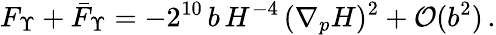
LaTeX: F_{\Upsilon}+\bar{F}_{\Upsilon}=-2^{10}\, b\, H^{-4}\, (\nabla_{p}H)^{2}+{\cal O}(b^{2})\, .